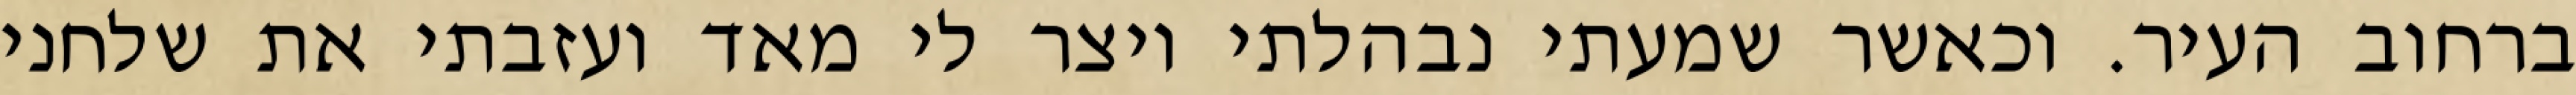
ברחוב העיר. וכאשר שמעתי נבהלתי ויצר לי מאד ועזבתי את שלחני